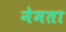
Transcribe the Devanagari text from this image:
नेमता